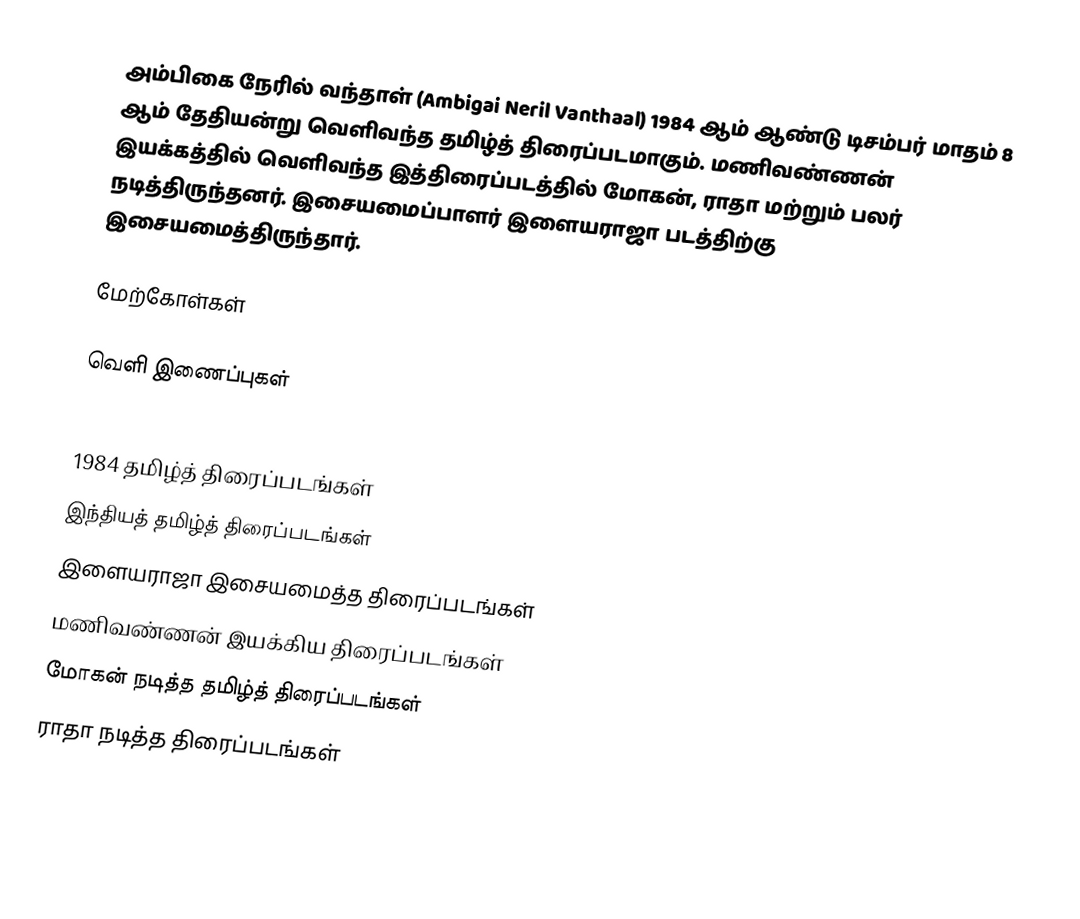
அம்பிகை நேரில் வந்தாள் (Ambigai Neril Vanthaal) 1984 ஆம் ஆண்டு டிசம்பர் மாதம் 8 ஆம் தேதியன்று வெளிவந்த தமிழ்த் திரைப்படமாகும். மணிவண்ணன் இயக்கத்தில் வெளிவந்த இத்திரைப்படத்தில் மோகன், ராதா மற்றும் பலர் நடித்திருந்தனர். இசையமைப்பாளர் இளையராஜா படத்திற்கு இசையமைத்திருந்தார்.

மேற்கோள்கள்

வெளி இணைப்புகள்

1984 தமிழ்த் திரைப்படங்கள்
இந்தியத் தமிழ்த் திரைப்படங்கள்
இளையராஜா இசையமைத்த திரைப்படங்கள்
மணிவண்ணன் இயக்கிய திரைப்படங்கள்
மோகன் நடித்த தமிழ்த் திரைப்படங்கள்
ராதா நடித்த திரைப்படங்கள்